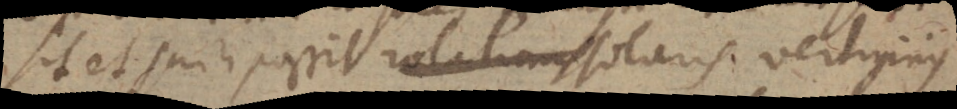
sit et jam possit rotationis solaris vertiginis